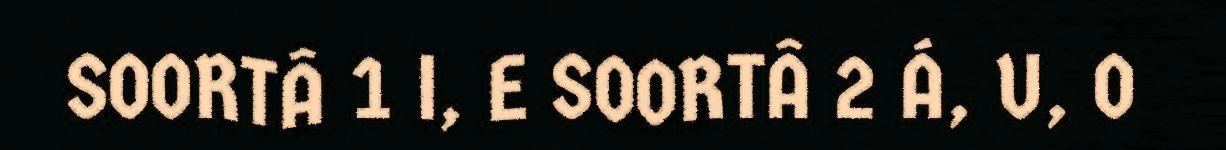
SOORTÂ 1 I, E SOORTÂ 2 Á, U, O